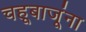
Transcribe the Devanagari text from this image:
चहूबाजूंना